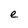
Character: e